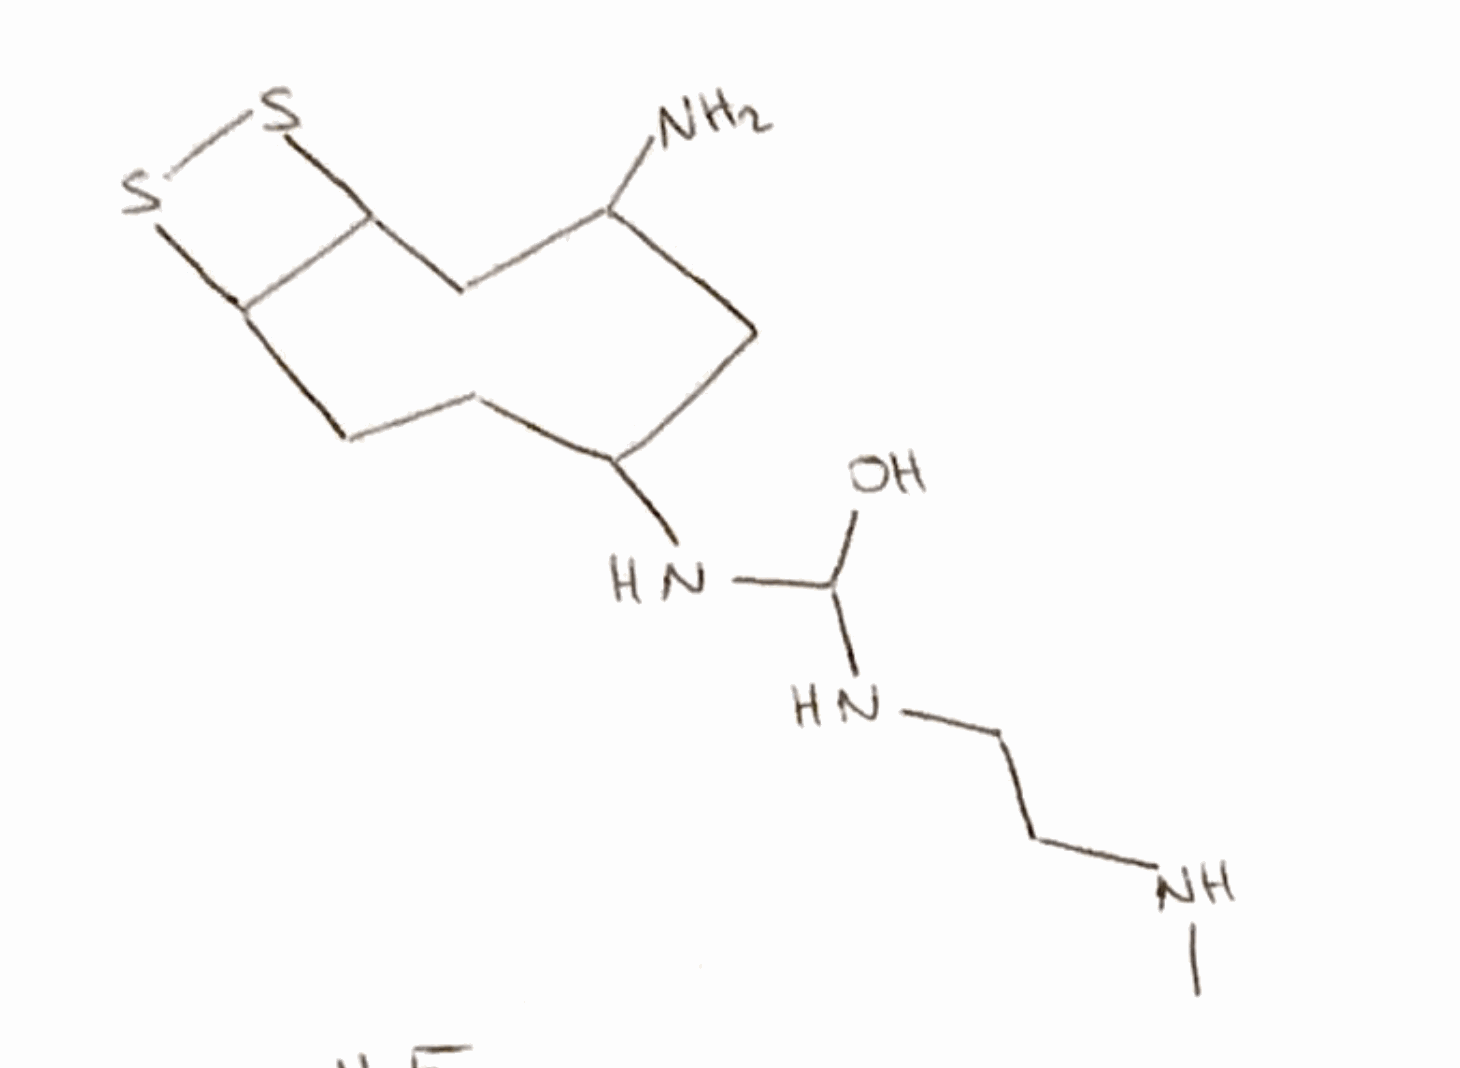
Simplified molecular-input line-entry system (SMILES) notation of the given molecule:
CNCCNC(NC1CCC2C(CC(C1)N)SS2)O